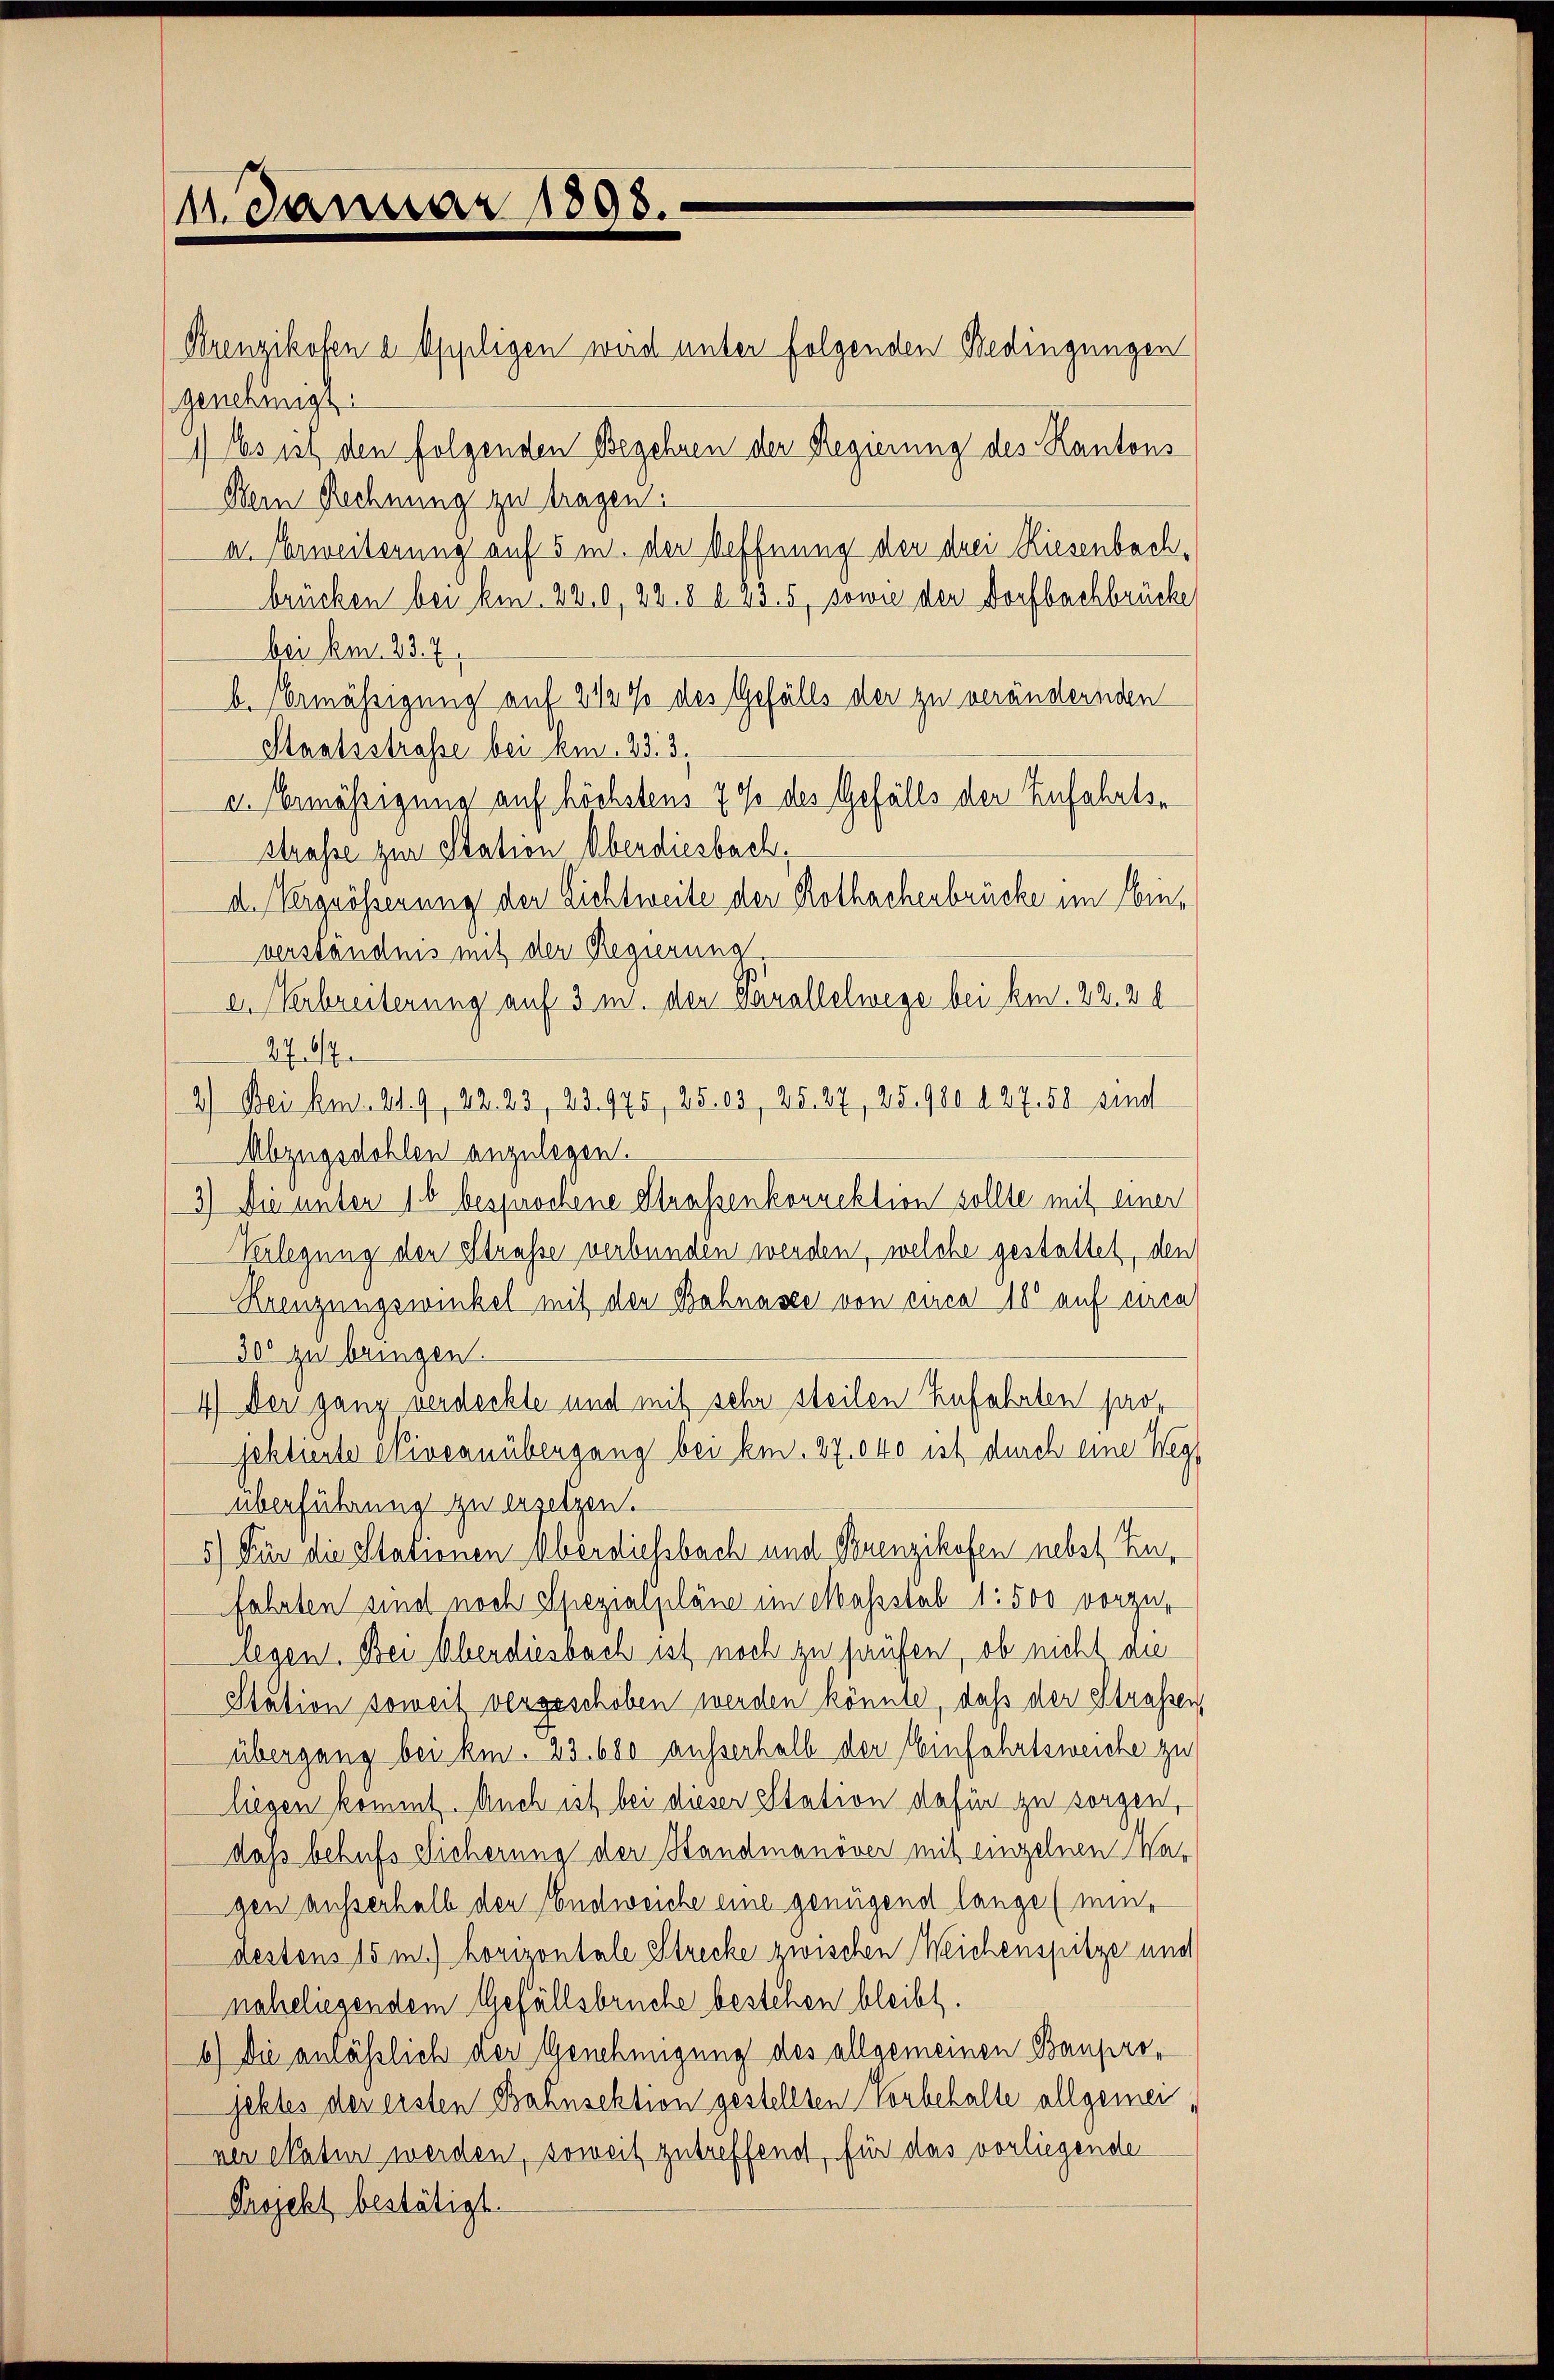
11. Januar 1898.

Krenzikofen a. Oppligen wird unter folgenden Bedingungen
genehmigt.
1) Es ist den folgenden Begehren der Regierung des Kantons
Dein Rechnung zu tragen.
u. Erweiterung auf 5 m. der Oeffnung der drei Riesenbachbrücken bei kn. 220, 22. 8 d. 13. 5, sowie der Dorfbachbrücke
bei am 23. 7.
b. ermässigung auf 2 1/2 % des Gefälls der zu verändernden
Staatsstrasse bei am 23.3.
u. Ermässigung auf höchstens 7 % des Gefälls der Zufahrtse
Strasse zur Station Oberdiesbach,
d. Vergrösserung der Lichtweile der Rothachenbrücke im Einverständnis mit der Regierung
a. Verbreiterung auf 3 m. den Parallelwege bei kn. 22. 20
276/7
2) Bei Am. 219, 22. 23, 23975, 25. 63, 25. 27, 25. 980 427 50 sind
Abzugsdohlen anzulegen.
3.) Die unter 16 besprochene Strassenkonrektion sollte mit einer
Verlegung den Straße verbunden werden, welche gestattet, den
Kreuzungswinkel mit den Bahnasse von circa 10 auf circa
300 zu bringen.
4.) Der ganz verdeckte und mit sehr steilen Zufahrten paar
jektierte Niveauübengang bei kn. 87. 040 ist durch eine Weg¬
Überführung zu ersetzen.
5.) Für die Stationen Oberdiesbach und Grenzikofen nebst Zufahrten sind noch Spezialpläne im Massstab 1: 500 vorzulegen. Bei Abendiesbach ist noch zu haufen, ob nicht au
Station soweit vergeschoben werden könnte, daß der Strassen,
übergang bei ki. 23. 680 ausserhalb der Einfährtsweiche zu
liegen kommt. Auch ist bei dieser Station dafür zu sorgen,
daß behufs Sicherung der Standmanöver mit einzelnen Wagen ausserhalb den Endweiche eine genügend lange (min,
destens 15 m horizontale Strecke zwischen Weichenspitze und
naheliegendem Gefällsbrüche bestehen bleibt.
6) Die anläßlich der Genehmigung des allgemeinen Bauprojektes der ersten Bahnsektion gestellten Vorbehalte allgemei
ner Matur werden, soweit zutreffend, für das vorliegende
Pasjekt bestätigt.